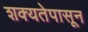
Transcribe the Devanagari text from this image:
शक्यतेपासून